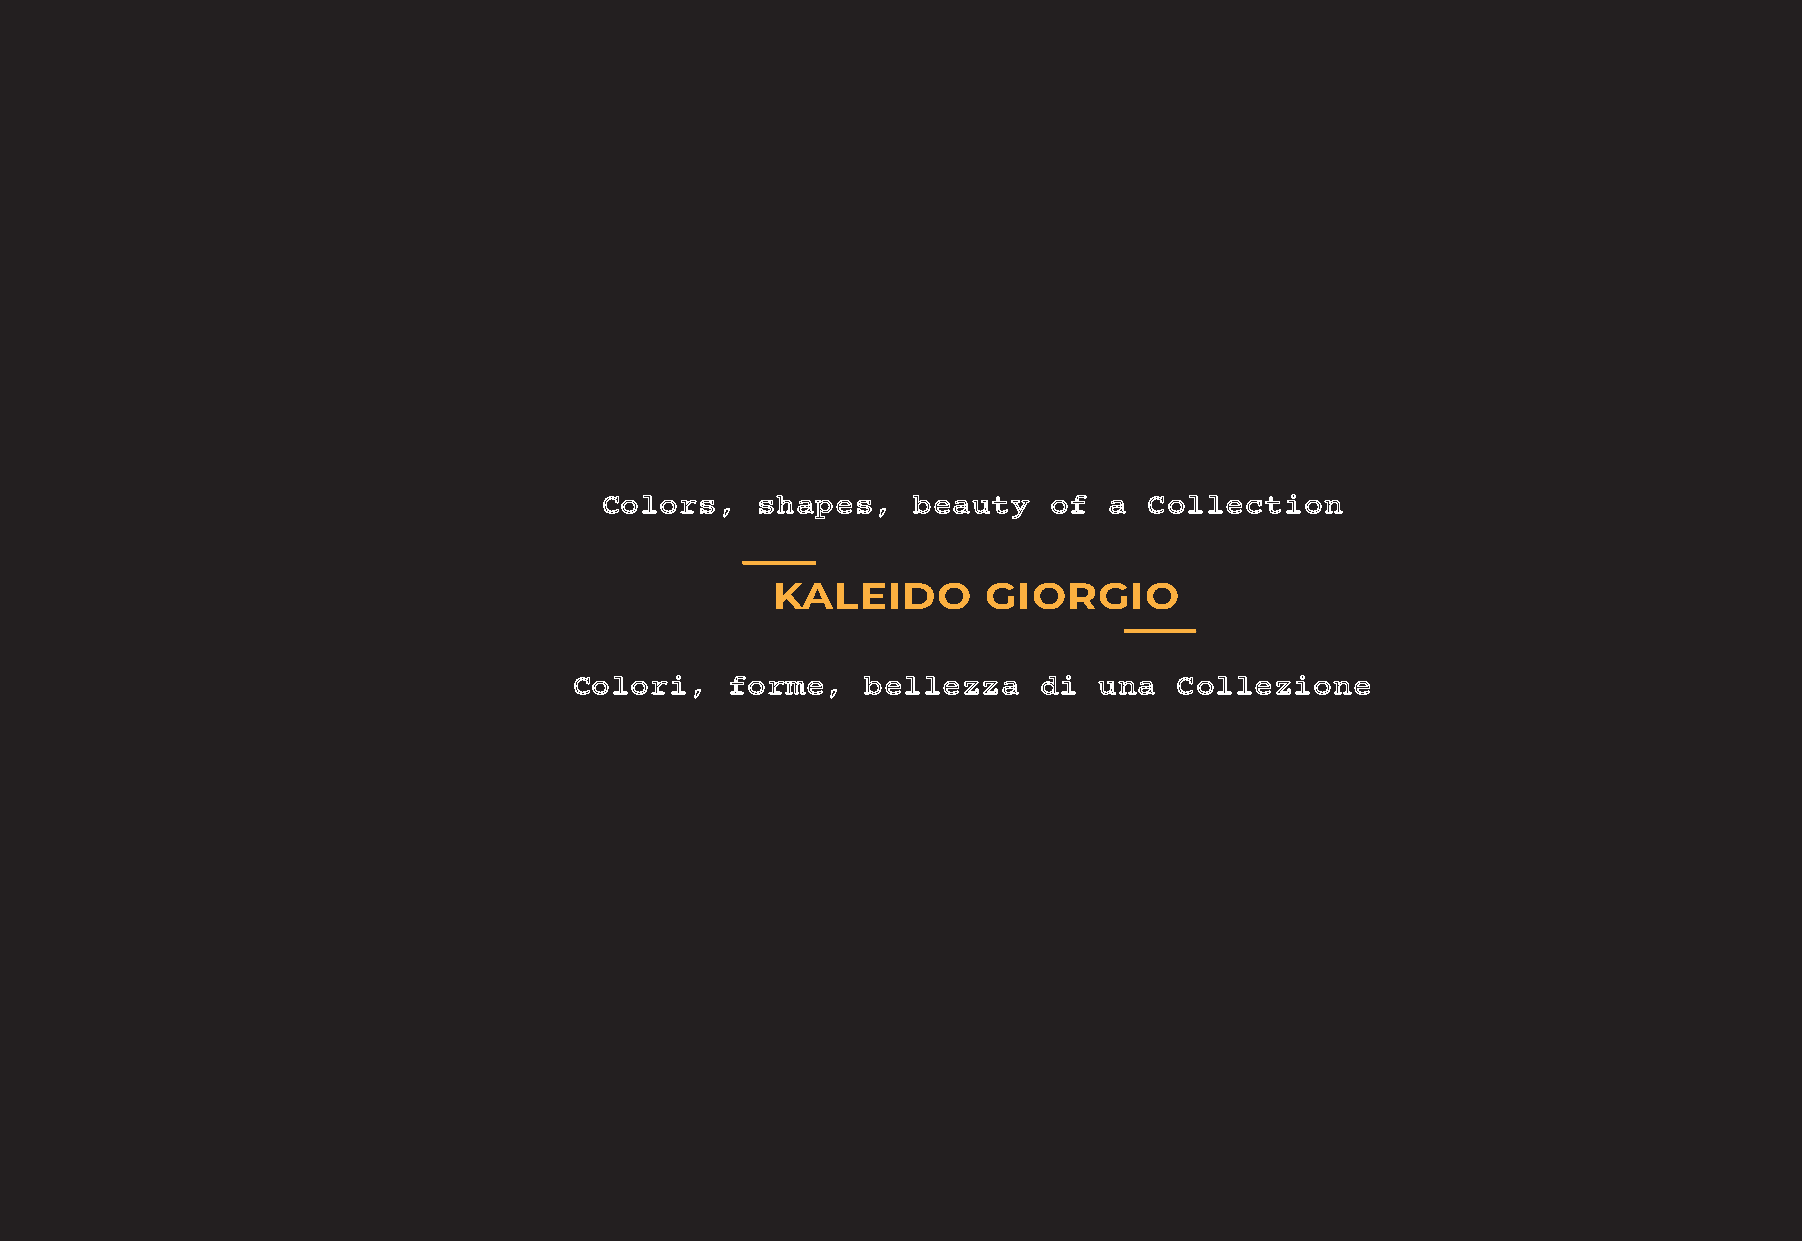
Colors,   shapes,   beauty    of a  Collection
 KALEIDO       GIORGIO
 Colori,   forme,   bellezza    di  una  Collezione